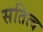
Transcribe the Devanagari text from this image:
सतित्व